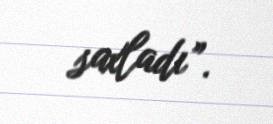
saxladı”.